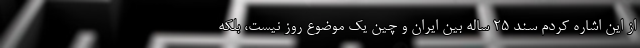
از این اشاره کردم سند ۲۵ ساله بین ایران و چین یک موضوع روز نیست، بلکه